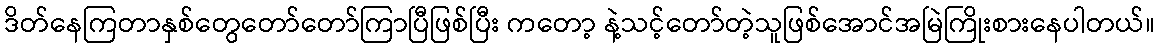
ဒိတ်နေကြတာနှစ်တွေတော်တော်ကြာပြီဖြစ်ပြီး ကတော့ နဲ့သင့်တော်တဲ့သူဖြစ်အောင်အမြဲကြိုးစားနေပါတယ်။